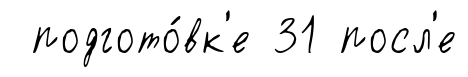
подгото́вк'е 31 посл'е